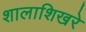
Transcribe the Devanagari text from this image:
शालाशिखरे